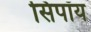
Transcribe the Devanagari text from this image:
सिपॉय